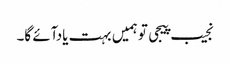
نجیب پیجی تو ہمیں بہت یادآئے گا۔